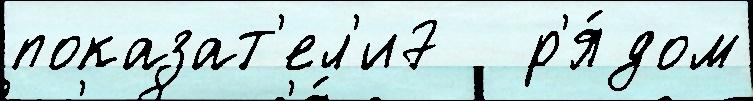
показат'ел'и7   р'я́дом